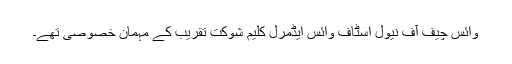
وائس چیف آف نیول اسٹاف وائس ایڈمرل کلیم شوکت تقریب کے مہمان خصوصی تھے۔